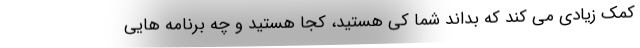
کمک زیادی می کند که بداند شما کی هستید، کجا هستید و چه برنامه هایی